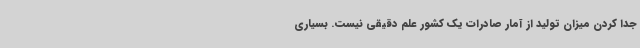
جدا کردن میزان تولید از آمار صادرات یک کشور علم دقیقی نیست. بسیاری